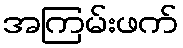
အကြမ်းဖက်